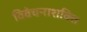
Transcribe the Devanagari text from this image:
विवेचनाशक्ति